Lunatic asylums Madras 1877-1891 - 1877-1891
Year: 1877
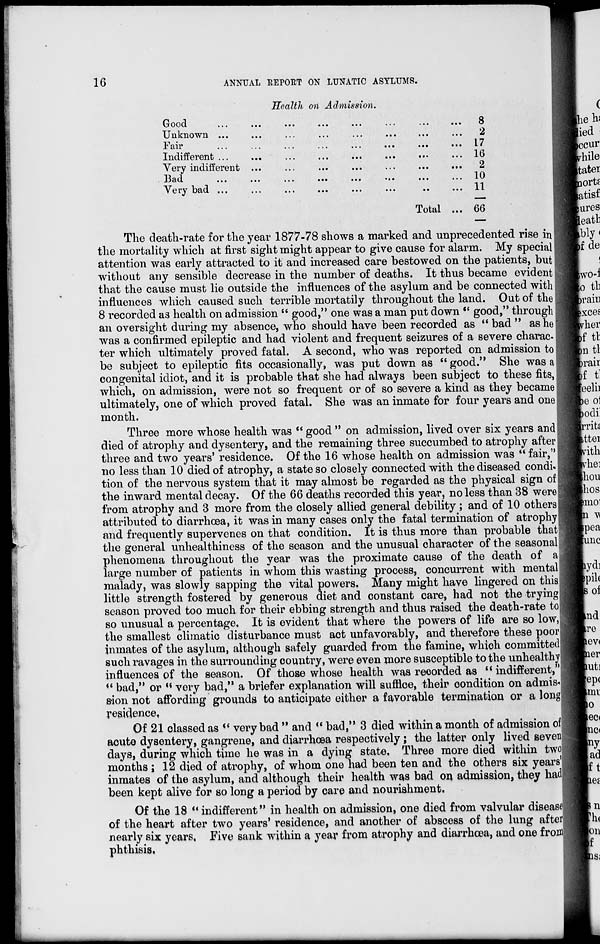
16
ANNUAL REPORT ON LUNATIC ASYLUMS.
Health on Admission.
Good. ... ... ... ... ... ... ... ...
Unknown ... ... ... ... ... ... ... ...
Fair ... ... ... ... ... ... ... ...
Indifferent ... ... ... ... ... ... ... ...
Very indifferent ...
...
... ... ... ... ... ...
Bad
...
...
...
...
...
...
... ...
Very bad ...
... ... ... ... ... ... ...
Total ...
8
2
17
16
2
10
11
66
The death-rate for the year 1877-78 shows a marked and unprecedented rise in
the mortality which at first sight might appear to give cause for alarm. My special
attention was early attracted to it and increased care bestowed on the patients, but
without any sensible decrease in the number of deaths. It thus became evident
that the cause must lie outside the influences of the asylum and be connected with
influences which caused such terrible mortatily throughout the land. Out of the
8 recorded as health on admission " good," one was a man put down " good," through
an oversight during my absence, who should have been recorded as " bad " as he
was a confirmed epileptic and had violent and frequent seizures of a severe charac-
ter which ultimately proved fatal. A second, who was reported on admission to
be subject to epileptic fits occasionally, was put down as " good." She was a
congenital idiot, and it is probable that she had always been subject to these fits,
which, on admission, were not so frequent or of so severe a kind as they became
ultimately, one of which proved fatal. She was an inmate for four years and one
month.
Three more whose health was " good " on admission, lived over six years and
died of atrophy and dysentery, and the remaining three succumbed to atrophy after
three and two years' residence. Of the 16 whose health on admission was " fair,"
no less than 10 died of atrophy, a state so closely connected with the diseased condi-
tion of the nervous system that it may almost be regarded as the physical sign of
the inward mental decay. Of the 66 deaths recorded this year, no less than 38 were
from atrophy and 3 more from the closely allied general debility; and of 10 others
attributed to diarrhœa, it was in many cases only the fatal termination of atrophy
and frequently supervenes on that condition. It is thus more than probable that
the general unhealthiness of the season and the unusual character of the seasonal
phenomena throughout the year was the proximate cause of the death of a
large number of patients in whom this wasting process, concurrent with mental
malady, was slowly sapping the vital powers. Many might have lingered on this
little strength fostered by generous diet and constant care, had not the trying
season proved too much for their ebbing strength and thus raised the death-rate to
so unusual a percentage. It is evident that where the powers of life are so low,
the smallest climatic disturbance must act unfavorably, and therefore these poor
inmates of the asylum, although safely guarded from the famine, which committed
such ravages in the surrounding country, were even more susceptible to the unhealthy
influences of the season. Of those whose health was recorded as "indifferent,"
" bad," or " very bad," a briefer explanation will suffice, their condition on admis-
sion not affording grounds to anticipate either a favorable termination or a long
residence.
Of 21 classed as " very bad " and " bad," 3 died within a month of admission of
acute dysentery, gangrene, and diarrhœa respectively; the latter only lived seven
days, during which time he was in a dying state, Three more died within two
months ; 12 died of atrophy, of whom one had been ten and the others six years'
inmates of the asylum, and although their health was bad on admission, they had
been kept alive for so long a period by care and nourishment.
Of the 18 " indifferent" in health on admission, one died from valvular disease
of the heart after two years' residence, and another of abscess of the lung after
nearly six years. Five sank within a year from atrophy and diarrhœa, and one from
phthisis.